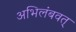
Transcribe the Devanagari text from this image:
अभिलंबवत्‌